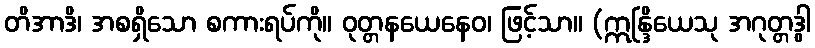
တိအာဒိ၊ အစရှိသော စကားရပ်ကို။ ဝုတ္တနယေနေဝ၊ ဖြင့်သာ။ (ဣန္ဒြိယေသု အဂုတ္တဒွါ